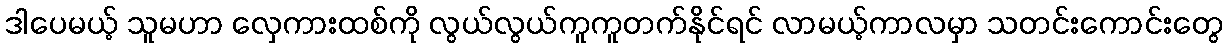
ဒါပေမယ့် သူမဟာ လှေကားထစ်ကို လွယ်လွယ်ကူကူတက်နိုင်ရင် လာမယ့်ကာလမှာ သတင်းကောင်းတွေ